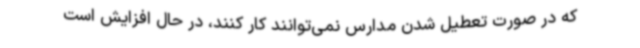
که در صورت تعطیل شدن مدارس نمی‌توانند کار کنند، در حال افزایش است